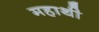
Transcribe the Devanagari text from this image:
महाथी